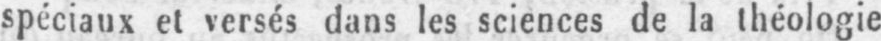
spéciaux et versés dans les sciences de la théologie